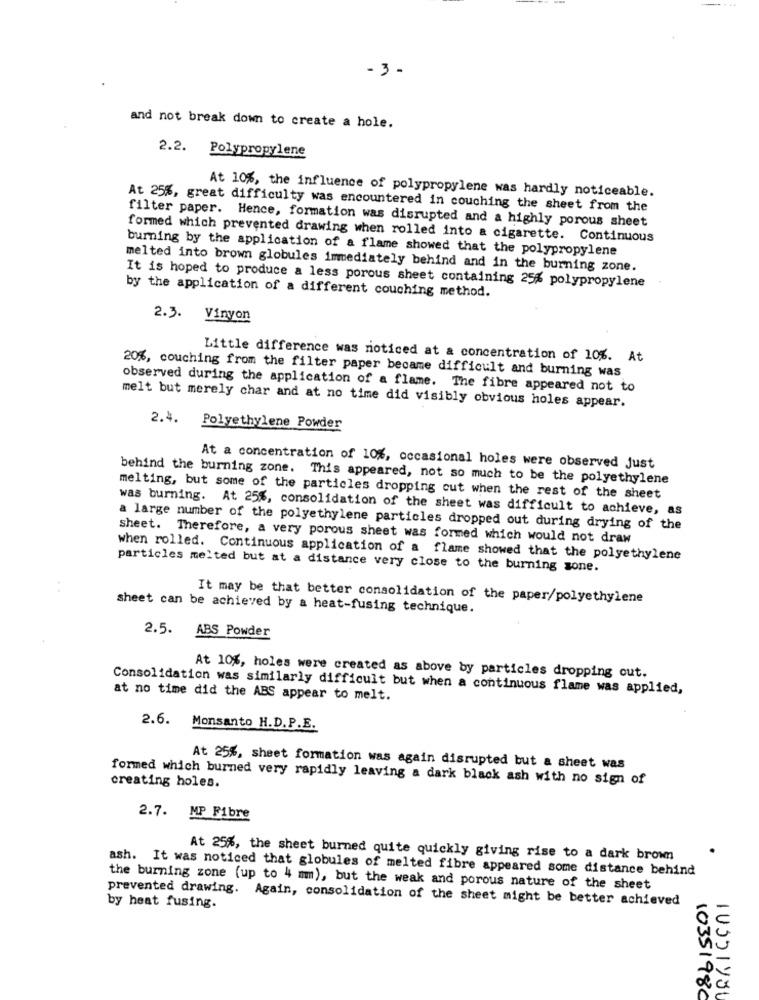
-3 -
and not break down to create a hole.
2.2. Polypropylene
At 10%, the influence of polypropylene was hardly noticeable.
At 25%, great difficulty was encountered in couching the sheet from the
filter paper. Hence, formation was disrupted and a highly porous sheet
formed which prevented drawing when rolled into a cigarette. Continuous
burning by the application of a flame showed that the polypropylene
melted into brown globules immediately behind and in the burning zone.
by the application of a different couching method.
It is hoped to produce a less porous sheet containing 25% polypropylene
2.3. Vinyon
Little difference was noticed at a concentration of 10%. At
20%, couching from the filter paper became difficult and burning was
observed during the application of a flame. The fibre appeared not to
melt but merely char and at no time did visibly obvious holes appear.
2.4. Polyethylene Powder
At a concentration of 10%, occasional holes were observed just
behind the burning zone. This appeared, not so much to be the polyethylene
melting, but some of the particles dropping cut when the rest of the sheet
was burning. At 25%, consolidation of the sheet was difficult to achieve, as
a large number of the polyethylene particles dropped out during drying of the
sheet. Therefore, a very porous sheet was formed which would not draw
when rolled. Continuous application of a flame showed that the polyethylene
particles melted but at a distance very close to the burning sone.
It may be that better consolidation of the paper/polyethylene
sheet can be achieved by a heat-fusing technique.
2.5.
ABS Powder
At 10%, holes were created as above by particles dropping out.
Consolidation was similarly difficult but when a continuous flame was applied,
at no time did the ABS appear to melt.
2.6.
Monsanto H.D.P.E.
At 25%, sheet formation was again disrupted but a sheet was
formed which burned very rapidly leaving a dark black ash with no sign of
creating holes.
2.7. MP Fibre
At 25%, the sheet burned quite quickly giving rise to a dark brown
ash. It was noticed that globules of melted fibre appeared some distance behind
the burning zone (up to 4 mm), but the weak and porous nature of the sheet
prevented drawing. Again, consolidation of the sheet might be better achieved
by heat fusing.
10351980